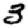
Digit: 3